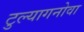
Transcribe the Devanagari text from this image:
टुल्यागनोवा